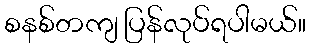
စနစ်တကျ ပြန်လုပ်ရပါမယ်။